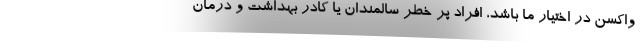
واکسن در اختیار ما باشد، افراد پر خطر سالمندان یا کادر بهداشت و درمان